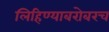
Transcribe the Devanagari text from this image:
लिहिण्याबरोबरच